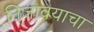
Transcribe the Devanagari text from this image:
निजावयाचा